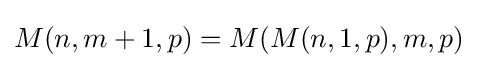
M(n,m+1,p)=M(M(n,1,p),m,p)